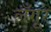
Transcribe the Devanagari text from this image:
लँगूर